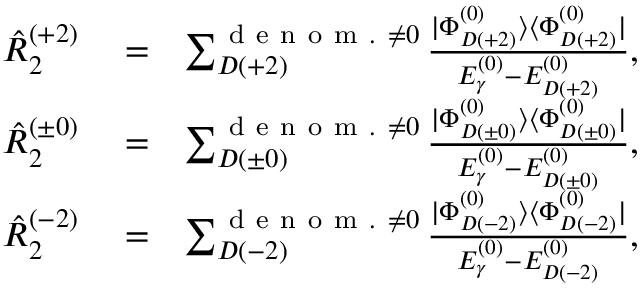
\begin{array} { r l r } { \hat { R } _ { 2 } ^ { ( + 2 ) } } & { { } = } & { \sum _ { D ( + 2 ) } ^ { { \mathrm { ~ d ~ e ~ n ~ o ~ m ~ . ~ } \neq 0 } } \frac { | \Phi _ { D ( + 2 ) } ^ { ( 0 ) } \rangle \langle \Phi _ { D ( + 2 ) } ^ { ( 0 ) } | } { E _ { \gamma } ^ { ( 0 ) } - E _ { D ( + 2 ) } ^ { ( 0 ) } } , } \\ { \hat { R } _ { 2 } ^ { ( \pm 0 ) } } & { { } = } & { \sum _ { D ( \pm 0 ) } ^ { { \mathrm { ~ d ~ e ~ n ~ o ~ m ~ . ~ } \neq 0 } } \frac { | \Phi _ { D ( \pm 0 ) } ^ { ( 0 ) } \rangle \langle \Phi _ { D ( \pm 0 ) } ^ { ( 0 ) } | } { E _ { \gamma } ^ { ( 0 ) } - E _ { D ( \pm 0 ) } ^ { ( 0 ) } } , } \\ { \hat { R } _ { 2 } ^ { ( - 2 ) } } & { { } = } & { \sum _ { D ( - 2 ) } ^ { { \mathrm { ~ d ~ e ~ n ~ o ~ m ~ . ~ } \neq 0 } } \frac { | \Phi _ { D ( - 2 ) } ^ { ( 0 ) } \rangle \langle \Phi _ { D ( - 2 ) } ^ { ( 0 ) } | } { E _ { \gamma } ^ { ( 0 ) } - E _ { D ( - 2 ) } ^ { ( 0 ) } } , } \end{array}